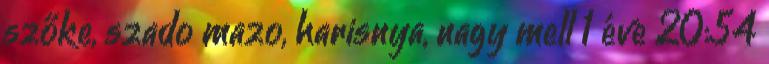
szőke, szado mazo, harisnya, nagy mell 1 éve 20:54